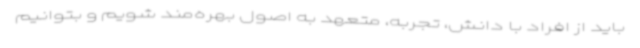
باید از افراد با دانش، تجربه، متعهد به اصول بهره‌مند شویم و بتوانیم